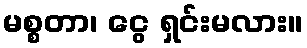
မစ္စတာ၊ ငွေ ရှင်းမလား။